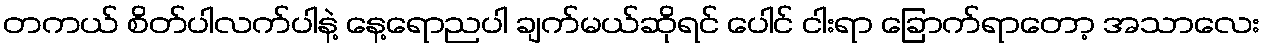
တကယ် စိတ်ပါလက်ပါနဲ့ နေ့ရောညပါ ချက်မယ်ဆိုရင် ပေါင် ငါးရာ ခြောက်ရာတော့ အသာလေး